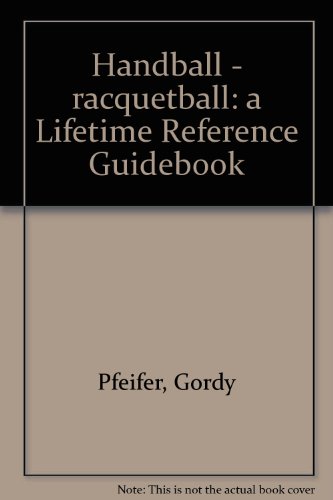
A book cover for Handball - racquetball: a Lifetime Reference Guidebook; Gordy Pfeifer; Sports & Outdoors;